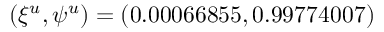
( \xi ^ { u } , \psi ^ { u } ) = ( 0 . 0 0 0 6 6 8 5 5 , 0 . 9 9 7 7 4 0 0 7 )